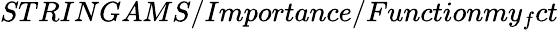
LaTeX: STRINGAMS/Importance/Functionmy_{f}ct